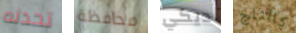
تحدثه محافظة ديكي كالثلج